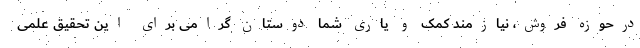
درحوزه فروش، نیازمند کمک و یاری شما دوستان گرامی برای این تحقیق علمی